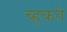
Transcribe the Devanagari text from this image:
च्हकते